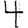
Digit: 4